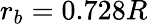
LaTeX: r_{b}=0.728R